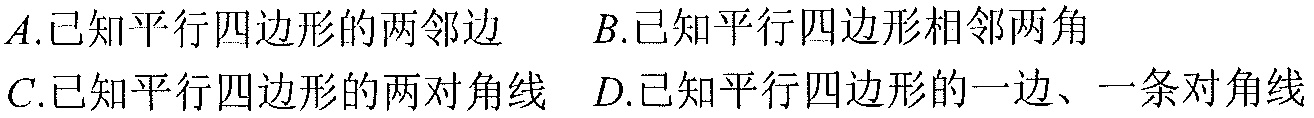
\(A.\)已知平行四边形的两邻边  \(B.\)已知平行四边形相邻两角
\(C.\)已知平行四边形的两对角线 \(D.\)已知平行四边形的一边、一条对角线